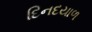
દિનદયાળ